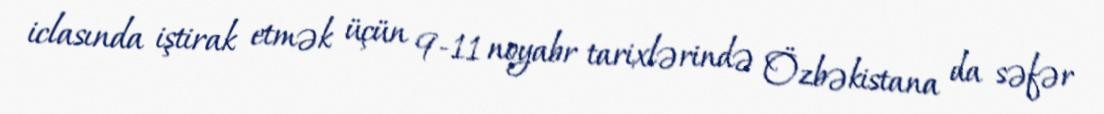
iclasında iştirak etmək üçün 9-11 noyabr tarixlərində Özbəkistana da səfər